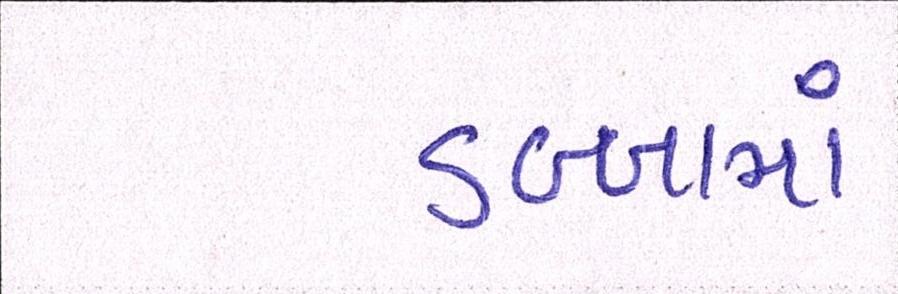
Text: ડબ્બામાં